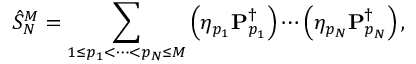
\hat { S } _ { N } ^ { M } = \sum _ { 1 \leq p _ { 1 } < \cdots < p _ { N } \leq M } \left( \eta _ { p _ { 1 } } \mathbf { P } _ { p _ { 1 } } ^ { \dagger } \right) \cdots \left( \eta _ { p _ { N } } \mathbf { P } _ { p _ { N } } ^ { \dagger } \right) ,